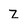
Character: z